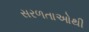
સરળતાઓથી